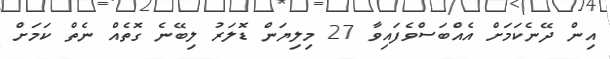
އިން ދޭނެކަމަށް އެއްބަސްވެފައިވާ 27 މިލިޔަން ޑޮލަރު ލިބޭނެ ގޮތެއް ނެތް ކަމަށް